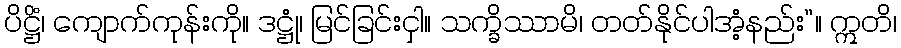
ပိဋ္ဌိံ၊ ကျောက်ကုန်းကို။ ဒဋ္ဌုံ၊ မြင်ခြင်းငှါ။ သက္ခိဿာမိ၊ တတ်နိုင်ပါအံ့နည်း”။ ဣတိ၊